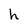
Character: h